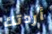
أردتك